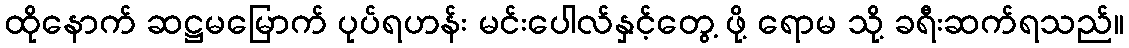
ထိုနောက် ဆဋ္ဌမမြောက် ပုပ်ရဟန်း မင်းပေါလ်နှင့်တွေ့ ဖို့ ရောမ သို့ ခရီးဆက်ရသည်။